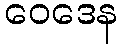
ဝေဒေန